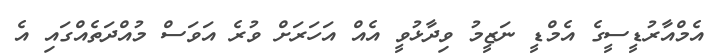
އެމްއާރުޑީސީގެ އެމްޑީ ނަޒީމު ވިދާޅުވީ އެއް އަހަރަށް ވުރެ އަވަސް މުއްދަތެއްގައި އެ